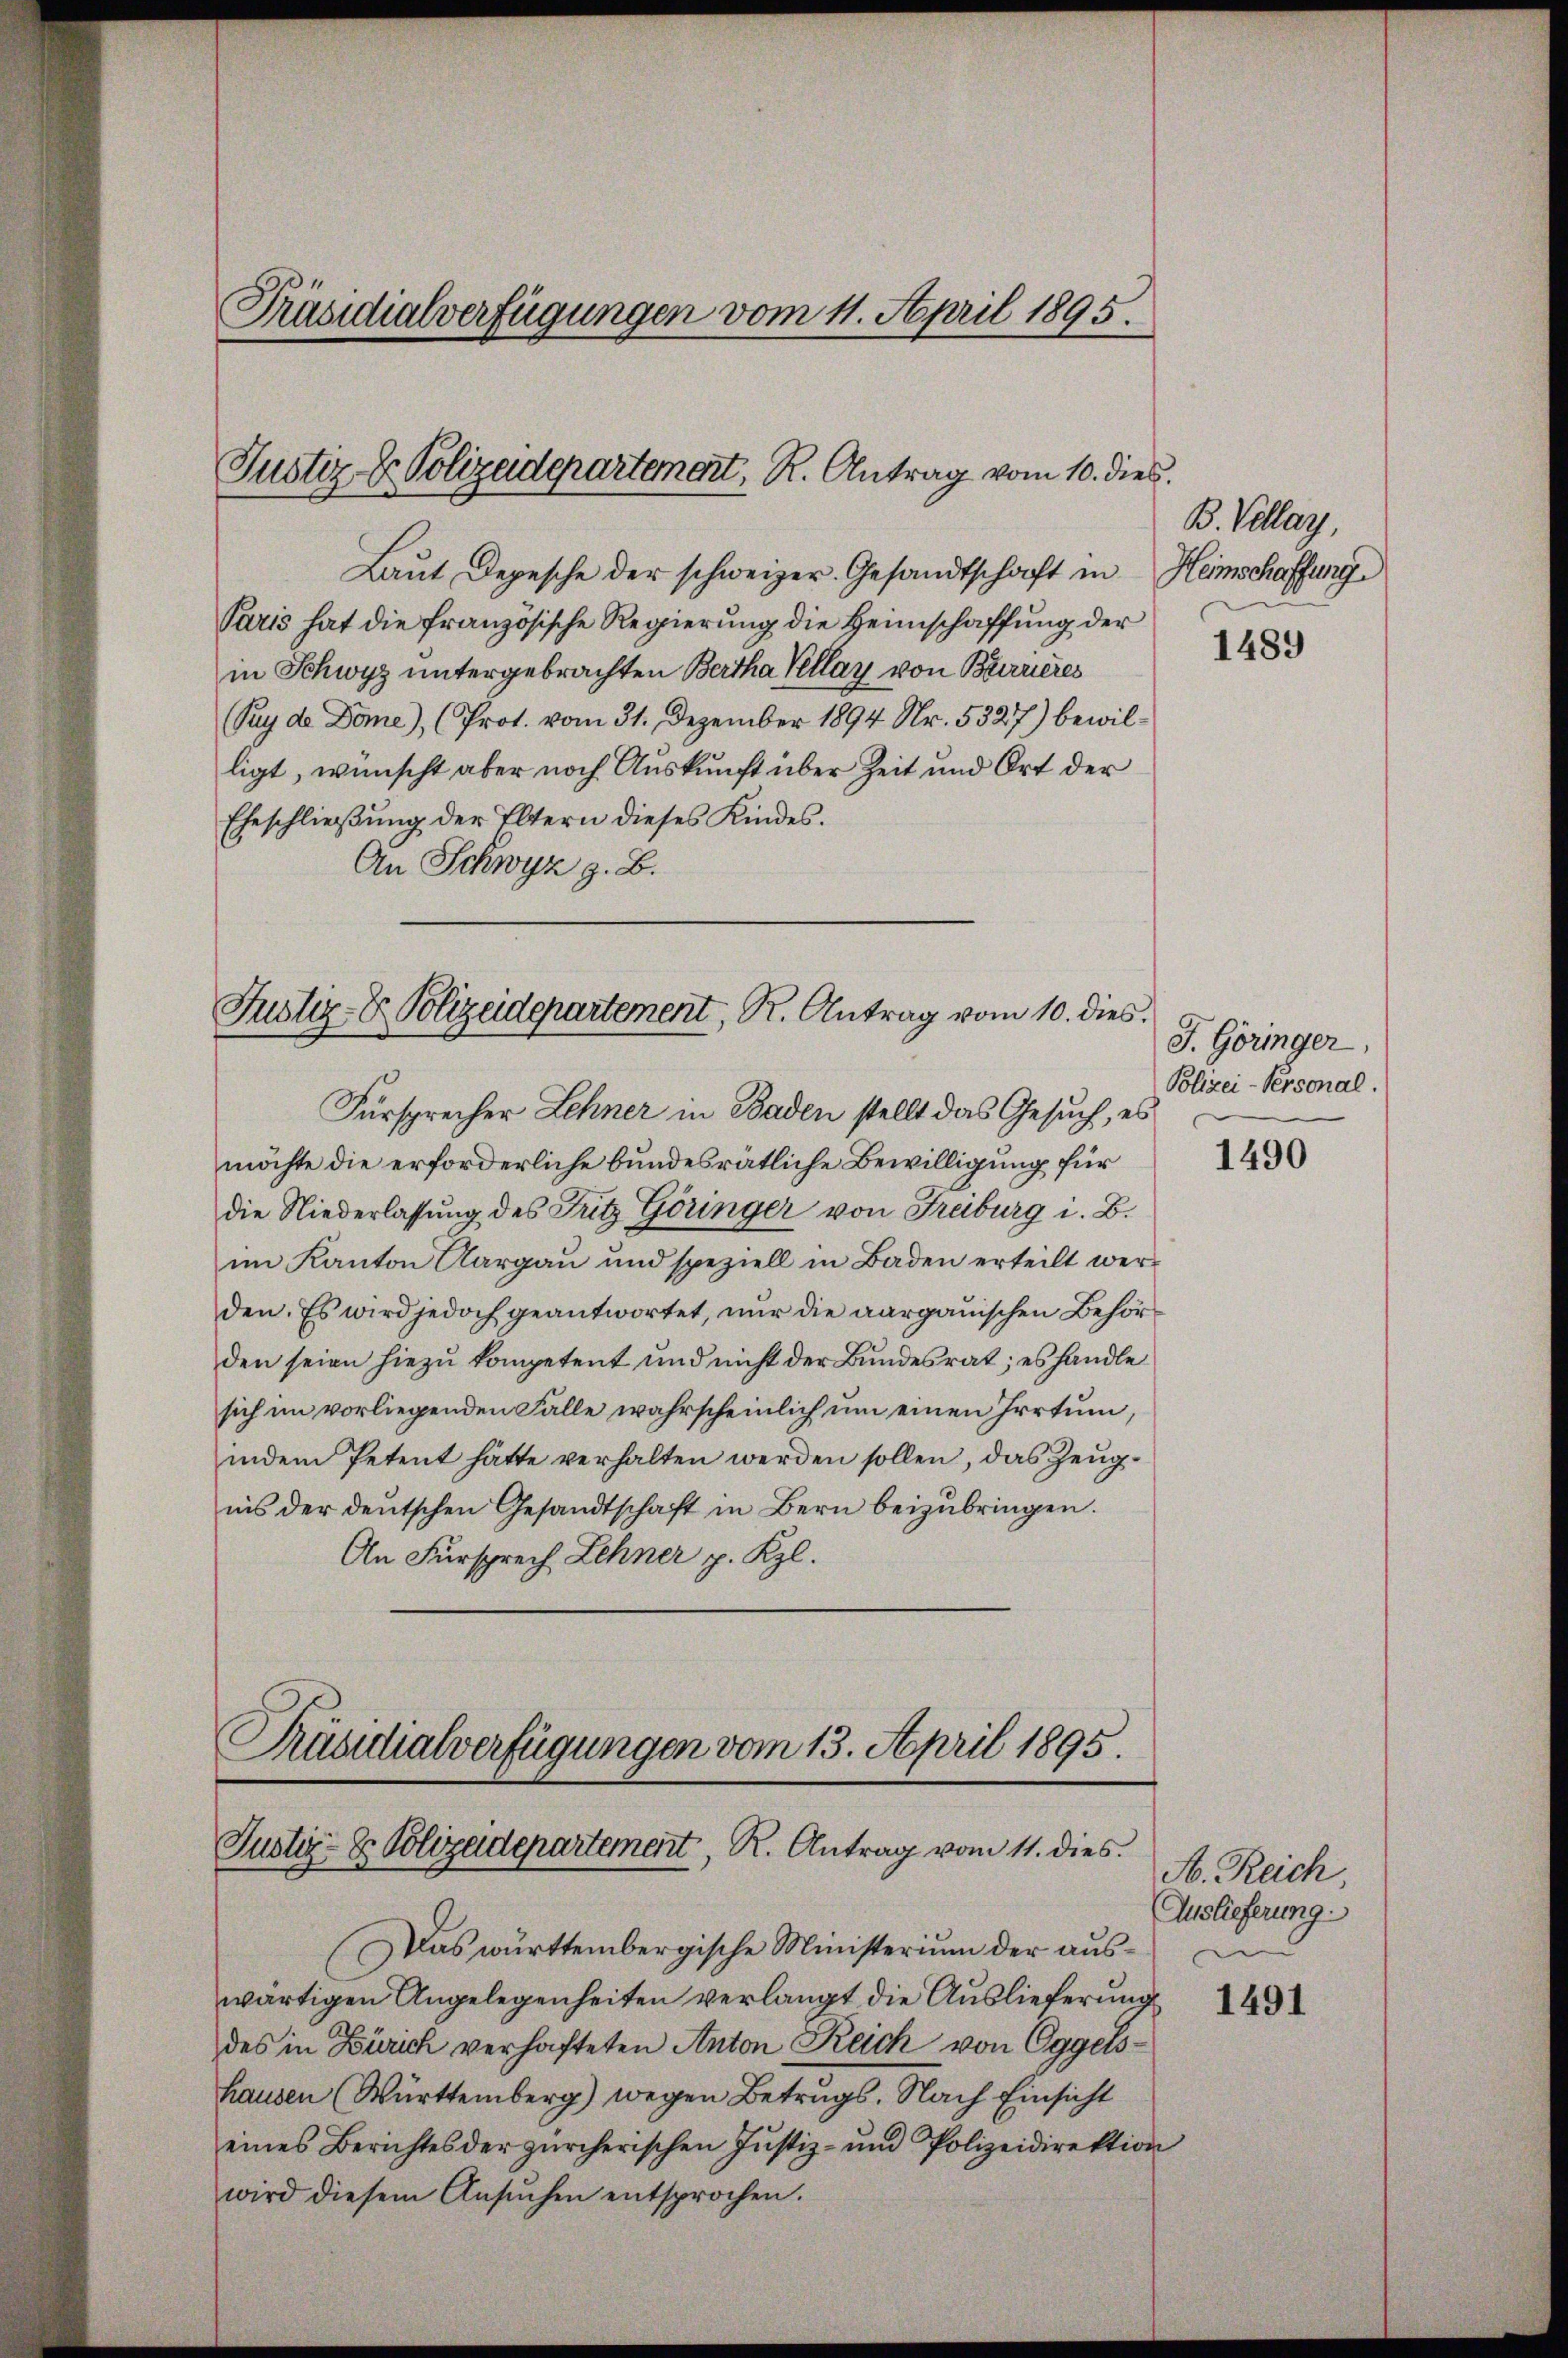
Laut Depesche der schweizer. Gesandtschaft in
Paris hat die französische Regierung die Heimschaffung der
in Schwyz untergebrachten Bertha Kellay von Burrieres
Puy de Dome), (Prot. vom 31. Dezember 1894 Nr. 5327) bewilligt, wünscht aber noch Auskunft über Zeit und Ort der
Eheschließung der Eltern dieses Kindes.
An Schwyz z. B.

Präsidialverfügungen vom 11. April 1895.

Justiz- & Polizeidepartement, R. Antrag vom 10. dies

Justiz- & Polizeidepartement, R. Antrag vom 10. dies

Fürsprecher Lehner in Baden stellt das Gesuch, es
möchte die erforderliche bundesrätliche Bewilligung für
die Niederlassung des Fritz Göringer von Freiburg i. B.
im Kanton Aargau und speziell in Baden erteilt werden. Es wird jedoch geantwortet, nur die aargauischen Behörden seien hiezu kompetent und nicht der Bundesrat; es handle
sich im vorliegenden Falle wahrscheinlich um einen Irrtum,
indem Petent hätte verhalten werden sollen, das Zeŭg-
nis der deŭtschen Gesandtschaft in Bern beizŭbringen.
An Fürsprech Lehner p. Kzl.
Präsidialverfügungen vom 13. April 1895.

Justiz- & Polizadepartement, R. Antrag vom 11. dies.

B. Villay,
Heimschaffung

Das württembergische Ministerium der auswärtigen Angelegenheiten verlangt die Auslieferung
des in Zürich verhafteten Anton Reich von Eggelshausen (Württemberg) wegen Betrugs. Nach Einsicht
eines Berichtes der zürcherischen Justiz- und Polizeidirektion
wird diesem Ansŭchen entsprochen.

1489

J. Göringer,
Polizei-Personal.

1490

A. Reich
Auslieferung.

1491